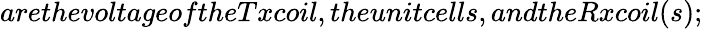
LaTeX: arethevoltageoftheTxcoil,theunitcells,andtheRxcoil(s);